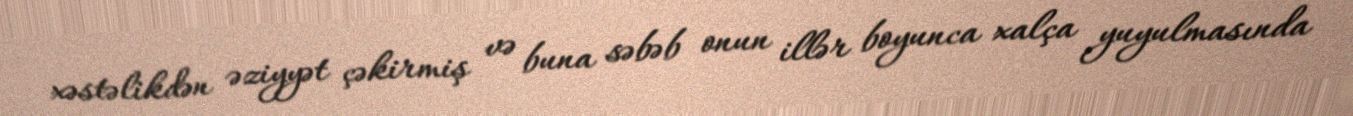
xəstəlikdən əziyyət çəkirmiş və buna səbəb onun illər boyunca xalça yuyulmasında